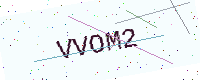
Text: VVOM2